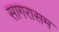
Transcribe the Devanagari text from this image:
सागरासम